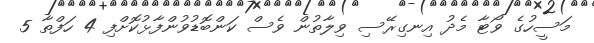
މަސީހުގެ ވޯޓާ މެދު އިނގިރޭސި ވިލާތުން ވެސް ކަންބޮޑުވުންފާޅުކޮށްފި 4 ހަފްތާ 5